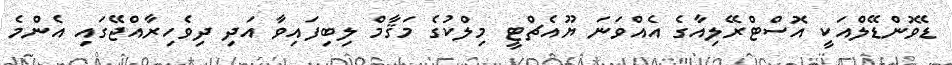
ޑެވޮންޑޭލްއަކީ އޮސްޓްރޭލިއާގެ އެއްވަނަ ޔޫއެޗްޓީ މިލްކުގެ މަޤާމް ލިބިފައިވާ އަދި ދިވެހިރާއްޖޭގައި އެންމެ